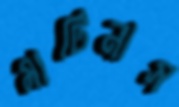
মার্টিনাস